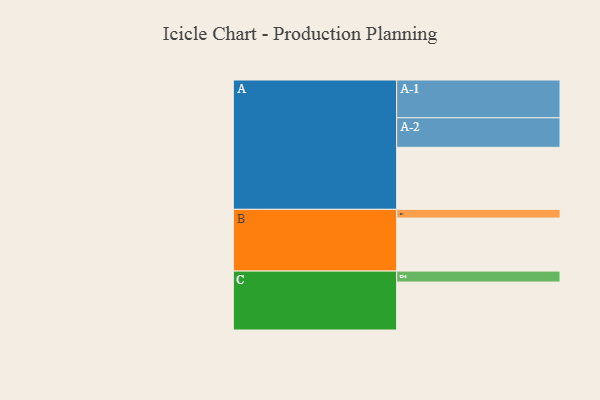
{"axis": {"x": "Segment", "y": "Value"}, "legend": ["", "A", "B", "C"], "data": [{"x": "A", "y": 414, "type": ""}, {"x": "B", "y": 354, "type": ""}, {"x": "C", "y": 320, "type": ""}, {"x": "A-1", "y": 252, "type": "A"}, {"x": "A-2", "y": 197, "type": "A"}, {"x": "B-1", "y": 58, "type": "B"}, {"x": "C-1", "y": 73, "type": "C"}]}